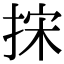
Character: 㧲